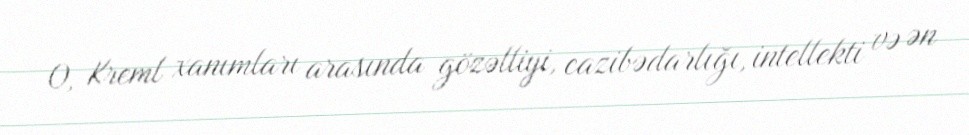
O, Kreml xanımları arasında gözəlliyi, cazibədarlığı, intellekti və ən